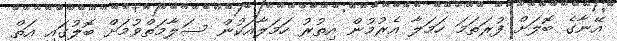
އޭނާގެ ބޮލަށް ފުރަތަމަ ހަމަލާ އެރުމުން އިތުރު ހަމަލާއަކުން ސަލާމަތްވުމަށް ބޮލުގައި އަތް